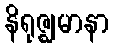
နိရုဇ္ဈမာနာ